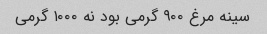
سینه مرغ ٩٠٠ گرمی بود نه ١٠٠٠ گرمی